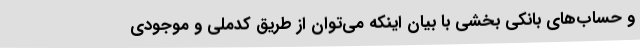
و حساب‌های بانکی بخشی با بیان اینکه می‌توان از طریق کدملی و موجودی